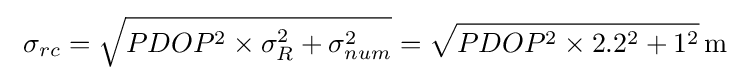
\ \sigma _{rc}={\sqrt {PDOP^{2}\times \sigma _{R}^{2}+\sigma _{num}^{2}}}={\sqrt {PDOP^{2}\times 2.2^{2}+1^{2}}}\,\mathrm {m}